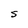
Character: S